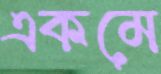
একমে